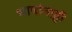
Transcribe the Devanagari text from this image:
भाषांनाही